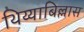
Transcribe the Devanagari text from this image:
थिय्याबिल्लास